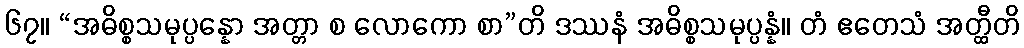
၆၇။ “အဓိစ္စသမုပ္ပန္နော အတ္တာ စ လောကော စာ”တိ ဒဿနံ အဓိစ္စသမုပ္ပန္နံ။ တံ ဧတေသံ အတ္ထီတိ